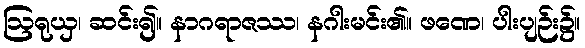
ဩရုယှ၊ ဆင်း၍။ နာဂရာဇဿ၊ နဂါးမင်း၏။ ဖဏေ၊ ပါးပျဉ်း၌။